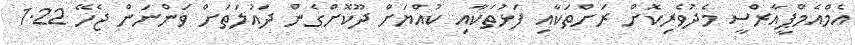
އެމްއެމްޕީއާރްސީ މެދުވެރިކޮށް ރަށްތަކާއި ފަޅުތަކާއި ކުއްޔަށް ދޫކޮށްގެން ދައުލަތަށް ވަންނަން ޖެހޭ 1.22